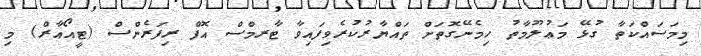
މިމަސައްކަތާ ގުޅޭ މަޢުލޫމާތު ހިމެނޭގޮތަށް ތައްޔާރުކުރެވިފައިވާ ޓާރމްސް އޮފް ރިފަރެންސް (ޓީއޯއާރް) މި